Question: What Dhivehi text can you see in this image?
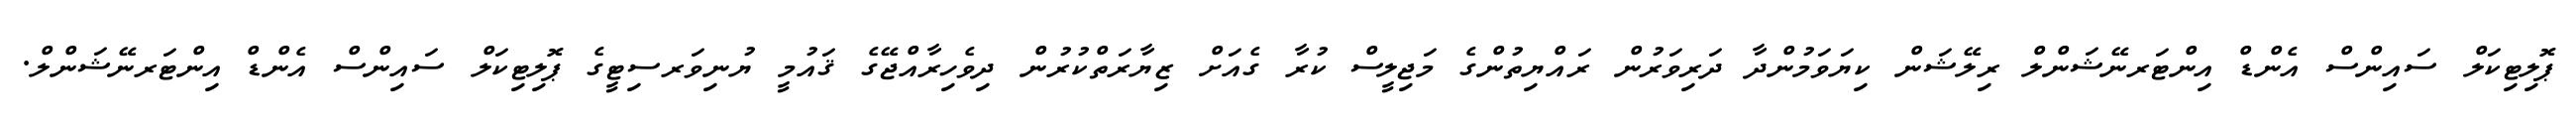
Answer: ޕޮލިޓިކަލް ސައިންސް އެންޑް އިންޓަރނޭޝަންލް ރިލޭޝަން ކިޔަވަމުންދާ ދަރިވަރުން ރައްޔިތުންގެ މަޖިލީސް ކުރާ ގެއަށް ޒިޔާރަތްކުރުން ދިވެހިރާއްޖޭގެ ޤައުމީ ޔުނިވަރސިޓީގެ ޕޮލިޓިކަލް ސައިންސް އެންޑް އިންޓަރނޭޝަންލް.